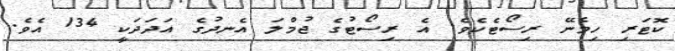
ކޮޓަރި ހިމެނޭ ރިސޯޓެކެވެ. އެ ރިސޯޓުގެ ޖުމްލަ އެނދުގެ އަދަދަކީ 134 އެވެ.